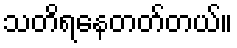
သတိရနေတတ်တယ်။